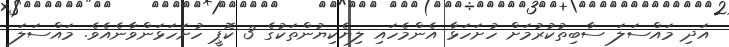
އަދި މައްސަލަ ސާބިތުކުރުމަށް ހުށަހަޅާ އެންމެހައި ލިޔެކިޔުންތަކުގެ 3 ކޮޕީ ހުށަހަޅަންވާނެއެވެ. މައްސަލަ